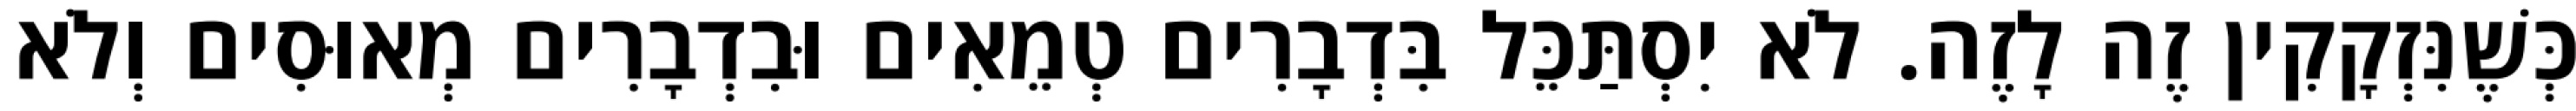
כְּשֶׁנִּזְקָקִין זֶה לָזֶה. לֹא יִסְתַּכֵּל בִּדְבָרִים טְמֵאִים וּבִדְבָרִים מְאוּסִים וְלֹא